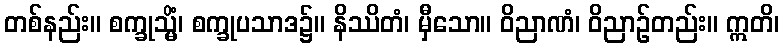
တစ်နည်း။ စက္ခုသ္မိံ၊ စက္ခုပသာဒ၌။ နိဿိတံ၊ မှီသော။ ဝိညာဏံ၊ ဝိညာဉ်တည်း။ ဣတိ၊